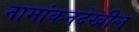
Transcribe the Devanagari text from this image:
नामांकनदेखील